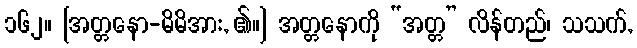
၁၆၂။ [အတ္တနော-မိမိအား, ၏။] အတ္တနောကို “အတ္တ” လိန်တည်၊ သသက်,